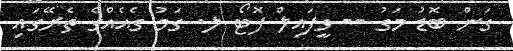
ގަން ބޮޑު މަގު -- ވީފައިލް ފޮޓޯ ލ. ގަމު ގެއެއްގެ ތެރޭގައި